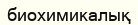
биохимикалық